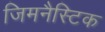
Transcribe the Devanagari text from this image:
जिमनैस्टिक